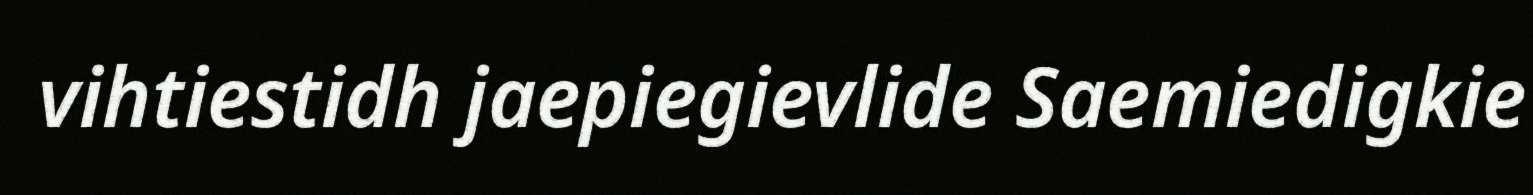
vihtiestidh jaepiegievlide Saemiedigkie